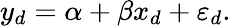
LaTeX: y_{d}=\alpha+\beta x_{d}+\varepsilon_{d}.